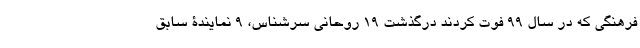
فرهنگی که در سال 99 فوت کردند درگذشت ۱۹ روحانی سرشناس، ۹ نمایندۀ سابق